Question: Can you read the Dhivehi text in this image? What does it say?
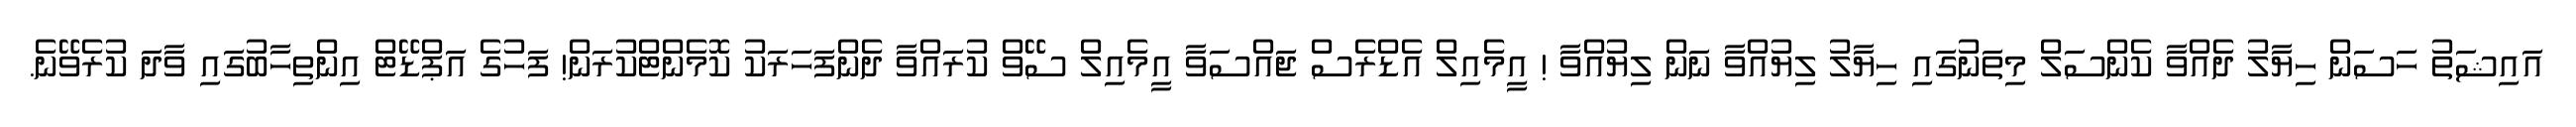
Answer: އައިޝަތު ހަސަން ހިޔާލު ދެއްވާ ކެންސަލް މިތަނުގައި ހިޔާލު ލިޔުއްވާ ނަން ލިޔުއްވާ ! އީމެއިލް އެޑްރެސް ޖައްސަވާ އީމެއިލް ސޭވް ކުރައްވާ ދެންފަހަރަކު ކޮމެންޓްކުރަން! ފަހުގެ އަޕްޑޭޓް އިންތިހާބުގައި ވާދަ ކުރެވޭނެ.